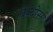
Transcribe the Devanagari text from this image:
बन्दोस